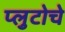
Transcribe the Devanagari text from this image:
प्लुटोचे